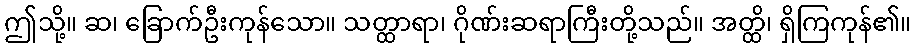
ဤသို့။ ဆ၊ ခြောက်ဦးကုန်သော။ သတ္ထာရာ၊ ဂိုဏ်းဆရာကြီးတို့သည်။ အတ္ထိ၊ ရှိကြကုန်၏။